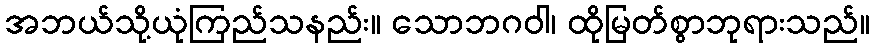
အဘယ်သို့ယုံကြည်သနည်း။ သောဘဂဝါ၊ ထိုမြတ်စွာဘုရားသည်။